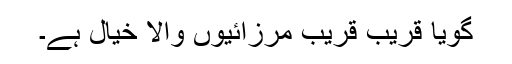
گویا قریب قریب مرزائیوں والا خیال ہے۔